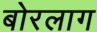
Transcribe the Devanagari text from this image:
बोरलाग